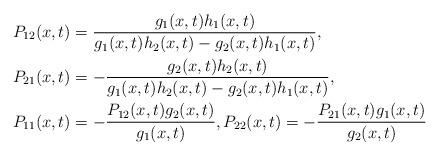
LaTeX: \begin{align*} &P_{12}(x,t)=\frac{g_1(x,t)h_1(x,t)}{g_1(x,t)h_2(x,t)-g_2(x,t)h_1(x,t)},\\ &P_{21}(x,t)=-\frac{g_2(x,t)h_2(x,t)}{g_1(x,t)h_2(x,t)-g_2(x,t)h_1(x,t)},\\ &P_{11}(x,t)=-\frac{P_{12}(x,t)g_2(x,t)}{g_1(x,t)}, P_{22}(x,t)=-\frac{P_{21}(x,t)g_1(x,t)}{g_2(x,t)} \end{align*}